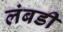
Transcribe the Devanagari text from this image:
लंबडी